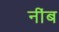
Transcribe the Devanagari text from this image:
नींब